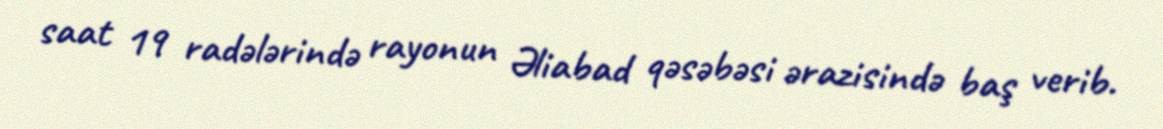
saat 19 radələrində rayonun Əliabad qəsəbəsi ərazisində baş verib.